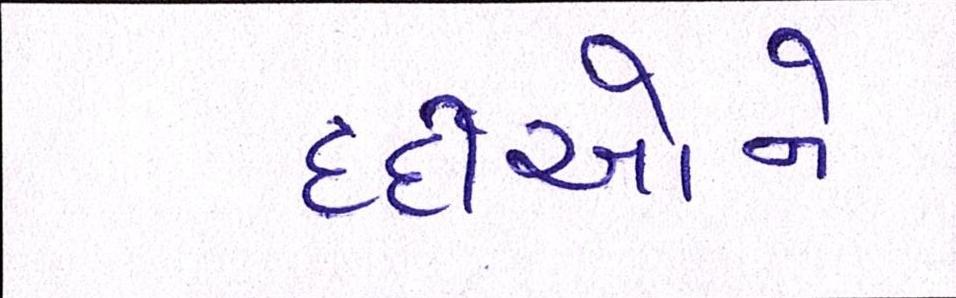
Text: દર્દીઓને